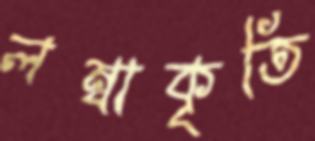
লম্বাকৃতি